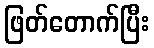
ဖြတ်တောက်ပြီး